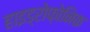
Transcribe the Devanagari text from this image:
हाइड्रोफ़ोनिक